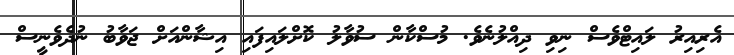
އެރިއިރު ލައިޓްވެސް ނިވި ދިއްލުނެވެ. މުސްކާން ސުވާލު ކޮށްލައިފައި އިޝާންއަށް ޖަވާބު ނުދެވެނީސް